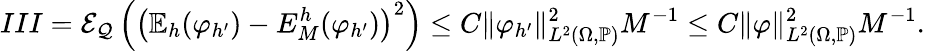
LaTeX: III=\mathcal{E}_{\mathcal{Q}}\left(\left(\mathbb{E}_{h}(\varphi_{h^{\prime}})-E_{M}^{h}(\varphi_{h^{\prime}})\right)^{2}\right)\le C\| \varphi_{h^{\prime}}\| _{L^{2}(\Omega,\mathbb{P})}^{2}M^{-1}\le C\| \varphi\| _{L^{2}(\Omega,\mathbb{P})}^{2}M^{-1}.